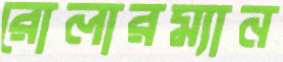
রোলারম্যান